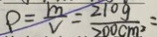
\rho = \frac { m } { v } = \frac { 2 1 0 g } { 2 0 0 c m ^ { 2 } } =